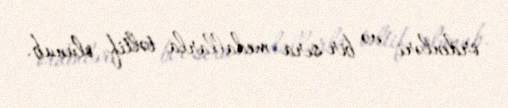
ordenləri və bir sıra medallarla təltif olunub.